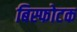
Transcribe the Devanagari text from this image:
बिस्फोटक